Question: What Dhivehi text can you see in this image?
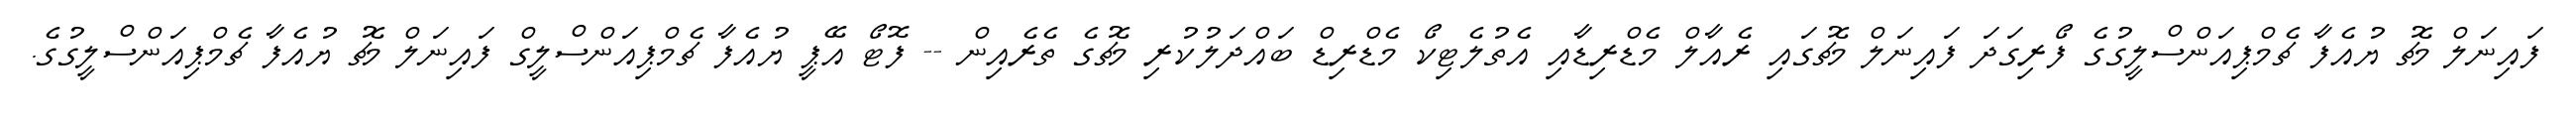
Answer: ފައިނަލް މެޗު ޔުއެފާ ޗެމްޕިއަންސްލީގުގެ ފޯރިގަދަ ފައިނަލް މެޗުގައި ރެއާލް މެޑްރިޑާއި އެތުލެޓިކޯ މެޑްރިޑް ބައްދަލުކުރި މެޗުގެ ތެރެއިން -- ފޮޓޯ އޭޕީ ޔުއެފާ ޗެމްޕިއަންސްލީގް ފައިނަލް މެޗު ޔުއެފާ ޗެމްޕިއަންސްލީގުގެ.